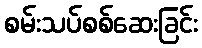
စမ်းသပ်စစ်ဆေးခြင်း